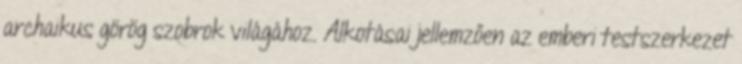
archaikus görög szobrok világához. Alkotásai jellemzően az emberi testszerkezet